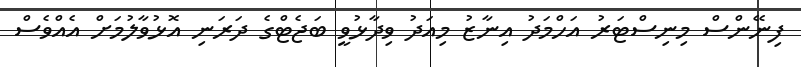
ފިނޭންސް މިނިސްޓަރު އަހްމަދު އިނާޒު މިއަދު ވިދާޅުވީ ބަޖެޓްގެ ދަރަނި އޮޅުވާލުމަށް އެއްވެސް